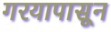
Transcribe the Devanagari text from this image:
गरयापासून